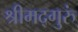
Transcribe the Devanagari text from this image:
श्रीमद्गुरुं